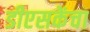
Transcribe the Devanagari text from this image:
डीएसकेंचा